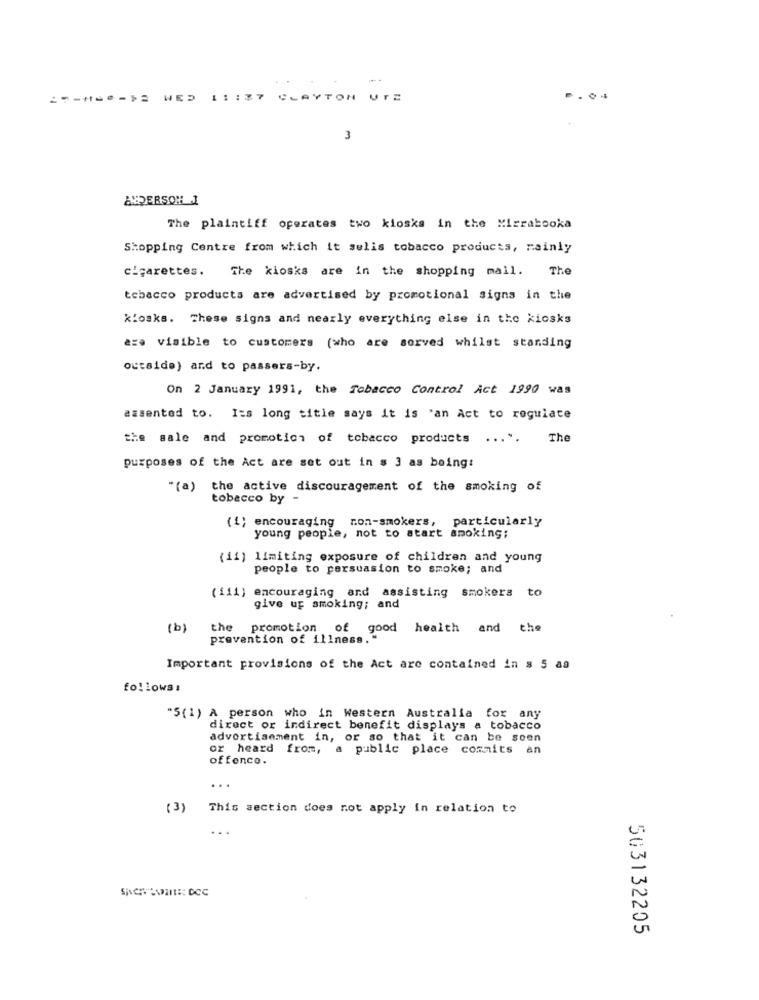
11 :37 CLAYTON L
....
3
ANDERSON 1
The plaintiff operates two kiosks in the Mirrabooka
Shopping Centre from which it selis tobacco products, mainly
cigarettes.
The kiosks are in the shopping mall. The
tobacco products are advertised by promotional signs in the
kiosks. These signs and nearly everything else in the kiosks
are visible to customers (who are served whilst standing
outside) and to passers-by.
On 2 January 1991, the Tobacco Control Act 1990 was
assented to. Its long title says it is 'an Act to regulate
the sale and promotion of tobacco products ... ".
The
purposes of the Act are set out in s 3 as being:
"(a) the active discouragement of the smoking of
tobacco by -
non-smokers, particularly
(1) encouraging
young people, not to start smoking;
(ii) limiting exposure of children and young
people to persuasion to smoke; and
(111) encouraging and assisting smokers to
give up smoking; and
(b)
the promotion of good health and the
prevention of illness."
Important provisions of the Act are contained in s 5 aa
fo! ! ows:
"$(1) A person who in Western Australia for any
direct or indirect benefit displays a tobacco
advertisement in, or so that it can be soen
or heard from, a public place commits an
offence.
...
(3)
This section does not apply in relation to
...
503132205